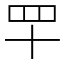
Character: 𦉴